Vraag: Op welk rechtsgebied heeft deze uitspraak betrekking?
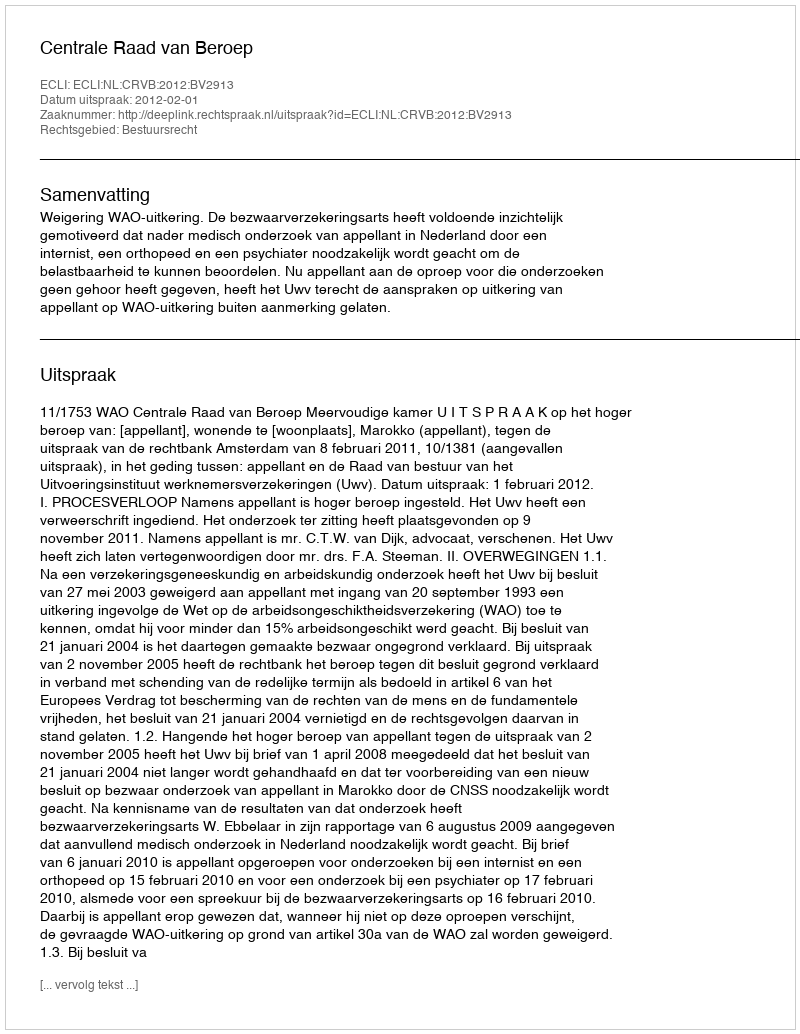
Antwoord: Bestuursrecht